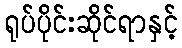
ရုပ်ပိုင်းဆိုင်ရာနှင့်